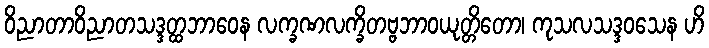
ဝိညာတာဝိညာတသဒ္ဒတ္ထဘာဝေန လက္ခဏလက္ခိတဗ္ဗဘာဝယုတ္တိတော၊ ကုသလသဒ္ဒဝသေန ဟိ